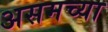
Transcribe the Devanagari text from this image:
असमच्या